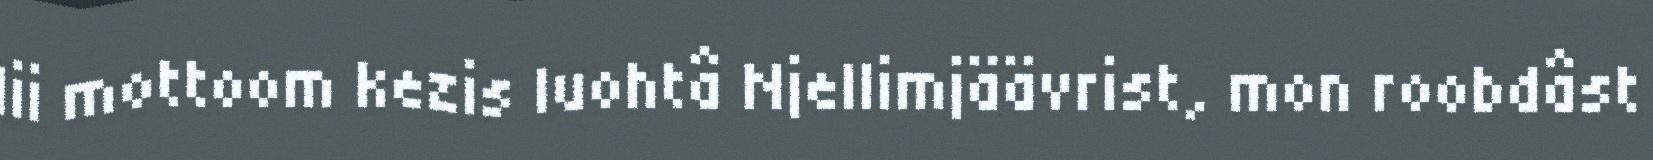
lii mottoom kezis luohtâ Njellimjäävrist, mon roobdâst